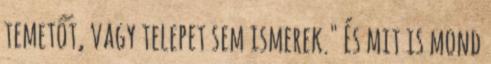
temetőt, vagy telepet sem ismerek." És mit is mond